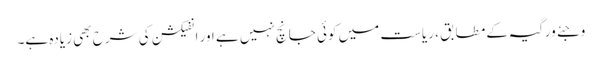
وجئے ورگیہ کے مطابق ، ریاست میں کوئی جانچ نہیں ہے اور انفیکشن کی شرح بھی زیادہ ہے۔